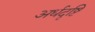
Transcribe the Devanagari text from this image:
अर्धदृष्टि